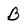
Character: B